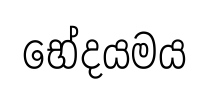
භේදයමය